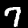
Digit: 7